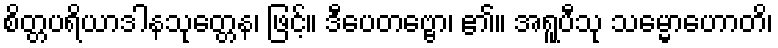
စိတ္တပရိယာဒါနသုတ္တေန၊ ဖြင့်။ ဒီပေတဗ္ဗော၊ ၏။ အရူပီသု သမ္မောဟောတိ၊